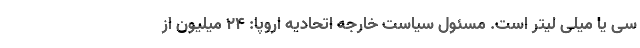
سی یا میلی لیتر است. مسئول سیاست خارجه اتحادیه اروپا: ۲۴ میلیون از